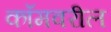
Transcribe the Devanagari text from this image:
कॉमवरील